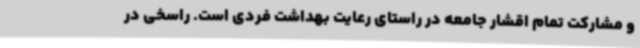
و مشارکت تمام اقشار جامعه در راستای رعایت بهداشت فردی است. راسخی در